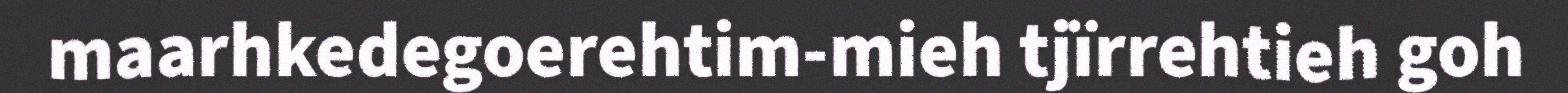
maarhkedegoerehtim-mieh tjïrrehtieh goh